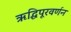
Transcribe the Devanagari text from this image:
ऋद्धिपूरवर्णन